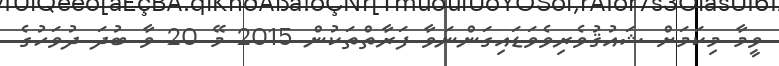
ވީމާ މިކަމަށް ޝައުޤުވެރިވެވަޑައިގަންނަވާ ފަރާތްތަކުން 2015 މޭ 20 ވާ ބުދަ ދުވަހުގެ